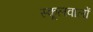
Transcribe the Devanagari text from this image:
स्कूलवालों